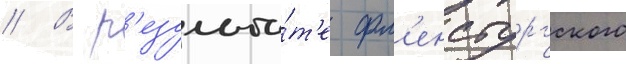
// В р'езульта́т'е фл'енсбургского